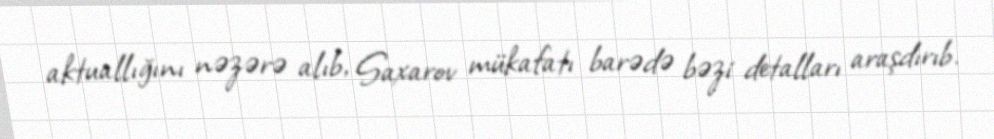
aktuallığını nəzərə alıb, Saxarov mükafatı barədə bəzi detalları araşdırıb.